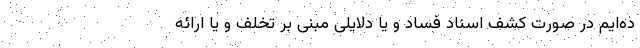
ده‌ایم در صورت کشف اسناد فساد و یا دلایلی مبنی بر تخلف و یا ارائه